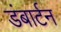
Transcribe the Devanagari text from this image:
डंबार्टन